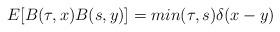
LaTeX: \begin{align*}E[B(\tau,x)B(s,y)]=min(\tau,s) \delta(x-y)\end{align*}